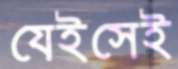
যেইসেই